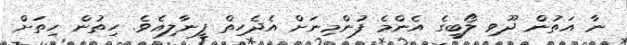
ނާ އަތުން ދޫވި ލޯބީގެ އެންމެ ފުންމިނަށް އެދެހިތް ފީނާލިއެވެ. ހިތުން ހިތަށް